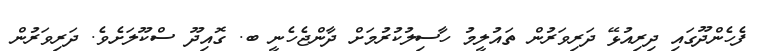
ފެހެންދޫގައި ދިރިއުޅޭ ދަރިވަރުން ތައުލީމު ހާސިލުކުރުމަށް ދާންޖެހެނީ ބ. ގޮއިދޫ ސްކޫލަށެވެ. ދަރިވަރުން